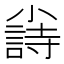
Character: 𡮲